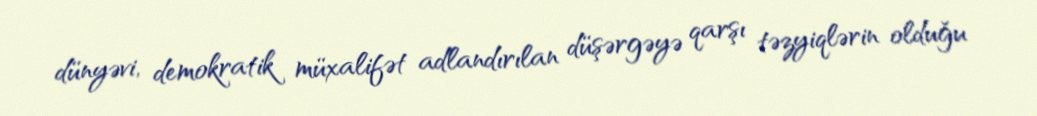
dünyəvi, demokratik müxalifət adlandırılan düşərgəyə qarşı təzyiqlərin olduğu